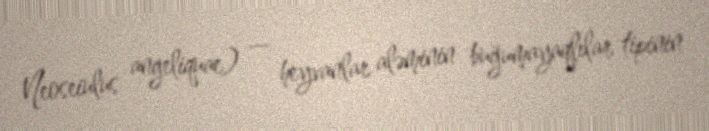
Neoseiulus angeliquae) — heyvanlar aləminin buğumayaqlılar tipinin